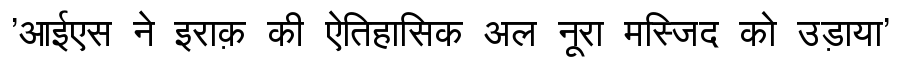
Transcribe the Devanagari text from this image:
'आईएस ने इराक़ की ऐतिहासिक अल नूरा मस्जिद को उड़ाया'